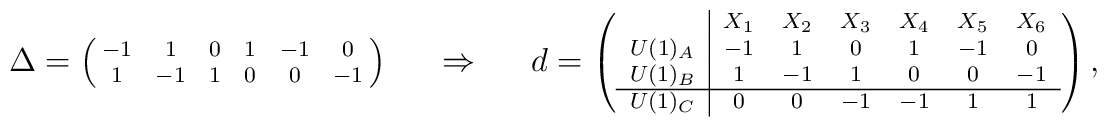
{\scriptsize	\Delta = \left(	\matrix{-1 & 1 & 0 & 1 & -1 & 0 \cr		1 & -1 & 1 & 0 & 0 & -1 \cr}	\right)	\qquad \Rightarrow \qquad	d = \left(	\begin{array}{c|cccccc}			& X_1 & X_2 & X_3 & X_4 &  X_5 & X_6 \\		U(1)_A & -1 & 1 & 0 & 1 & -1 & 0 \cr		U(1)_B & 1 & -1 & 1 & 0 & 0 & -1 \cr \hline		U(1)_C & 0 & 0 & -1 & -1 & 1 & 1 \end{array}	\right),	}